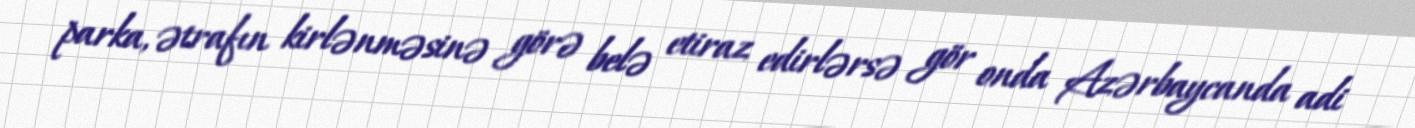
parka, ətrafın kirlənməsinə görə belə etiraz edirlərsə gör onda Azərbaycanda adi